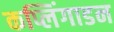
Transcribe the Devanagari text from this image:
कप्लिंगाडन